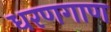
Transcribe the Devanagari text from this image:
धरणगाण